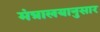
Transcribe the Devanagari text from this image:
मंत्रालयानुसार